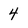
Character: 4